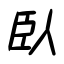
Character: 臥